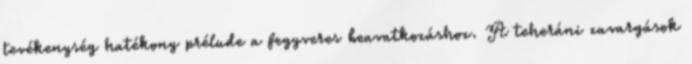
tevékenység hatékony prélude a fegyveres beavatkozáshoz. A teheráni zavargások